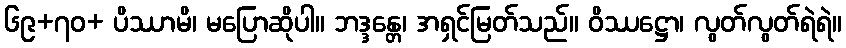
၆၉+၇ဝ+ ပိဿာမိ၊ မပြောဆိုပါ။ ဘဒ္ဒန္တေ၊ အရှင်မြတ်သည်။ ဝိဿဋ္ဌော၊ လွတ်လွတ်ရဲရဲ။